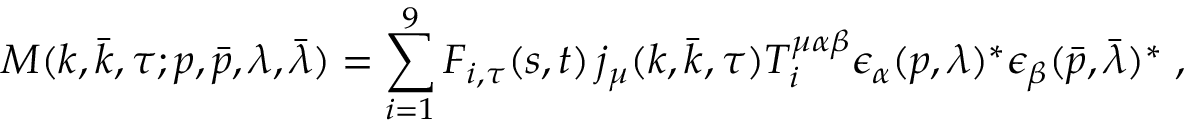
{ \cal M } ( k , \bar { k } , \tau ; p , \bar { p } , \lambda , \bar { \lambda } ) = \sum _ { i = 1 } ^ { 9 } F _ { i , \tau } ( s , t ) \, j _ { \mu } ( k , \bar { k } , \tau ) T _ { i } ^ { \mu \alpha \beta } \epsilon _ { \alpha } ( p , \lambda ) ^ { \ast } \epsilon _ { \beta } ( \bar { p } , \bar { \lambda } ) ^ { \ast } \; ,